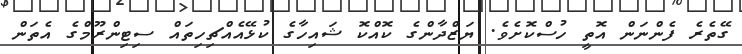
ގޭތެރެ ފެންނަން އޮތީ ހުސްކޮށެވެ. ޔަޒްދާންގެ ކޮއްކޮ ޝައިހާގެ ކުޅޭއެއްޗިހިތައް ސިޓިންރޫމްގެ އެތަން